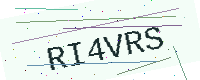
Text: RI4VRS